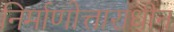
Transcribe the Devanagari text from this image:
निर्माणोत्ताराधीन